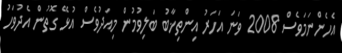
އެހެންނަމަވެސް 2008 ވަނަ އަހަރު އިންތިޚާބު ބަލިވުމުން މިއަދުވެސް އުޅޭ ގޮތުން އެދުވަހު